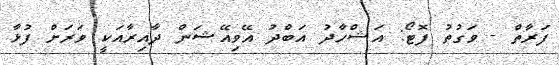
ފަރާތް - ވަގުތު ފޮޓޯ: އަޝްހާދު އަބްދު އޭވިއޭޝަން ދާއިރާއަކީ ވަރަށް ފުޅާ